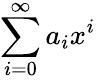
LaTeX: \sum_{i=0}^{\infty}a_{i}x^{i}